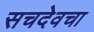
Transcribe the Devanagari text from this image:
सचदेवचा